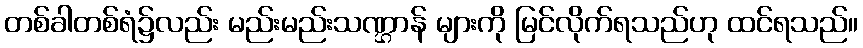
တစ်ခါတစ်ရံ၌လည်း မည်းမည်းသဏ္ဌာန် များကို မြင်လိုက်ရသည်ဟု ထင်ရသည်။